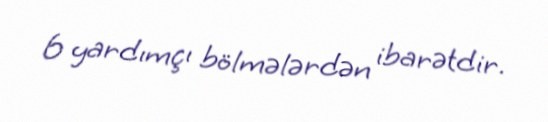
6 yardımçı bölmələrdən ibarətdir.